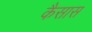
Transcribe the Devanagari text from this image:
कैसास